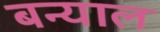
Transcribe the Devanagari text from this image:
बन्‍याल